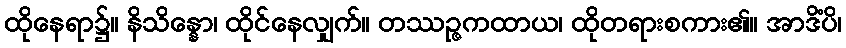
ထိုနေရာ၌။ နိသိန္နော၊ ထိုင်နေလျှက်။ တဿဉ္ဇကထာယ၊ ထိုတရားစကား၏။ အာဒိံပိ၊